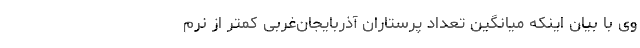
وی با بیان اینکه میانگین تعداد پرستاران آذربایجان‌غربی کمتر از نرم